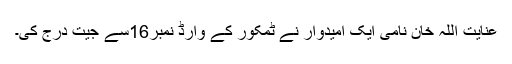
عنایت اللہ خان نامی ایک امیدوار نے ٹمکور کے وارڈ نمبر16سے جیت درج کی۔